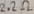
Text: 2.2Ω